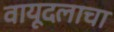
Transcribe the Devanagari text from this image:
वायूदलाचा